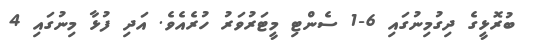
ބުރޮޅީގެ ދިގުމިނުގައި 6-1 ސެންޓި މީޓަރުވަރު ހުރެއެވެ. އަދި ފުޅާ މިނުގައި 4